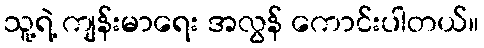
သူ့ရဲ့ ကျန်းမာရေး အလွန် ကောင်းပါတယ်။